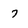
Character: 7